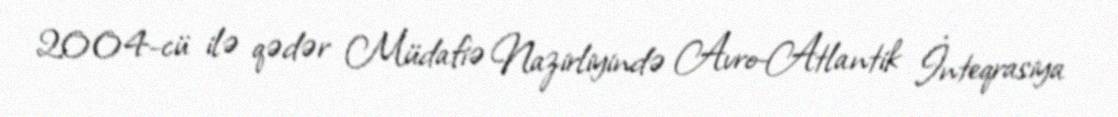
2004-cü ilə qədər Müdafiə Nazirliyində Avro-Atlantik İnteqrasiya